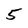
Character: 5